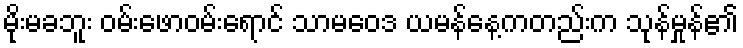
မိုးမခဘူး ဝမ်းဖောဝမ်းရောင် သာမဝေဒ ယမန်နေ့ကတည်းက သုန်မှုန်၏